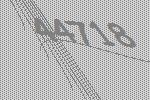
44718